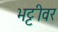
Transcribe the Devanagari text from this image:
भट्टीवर